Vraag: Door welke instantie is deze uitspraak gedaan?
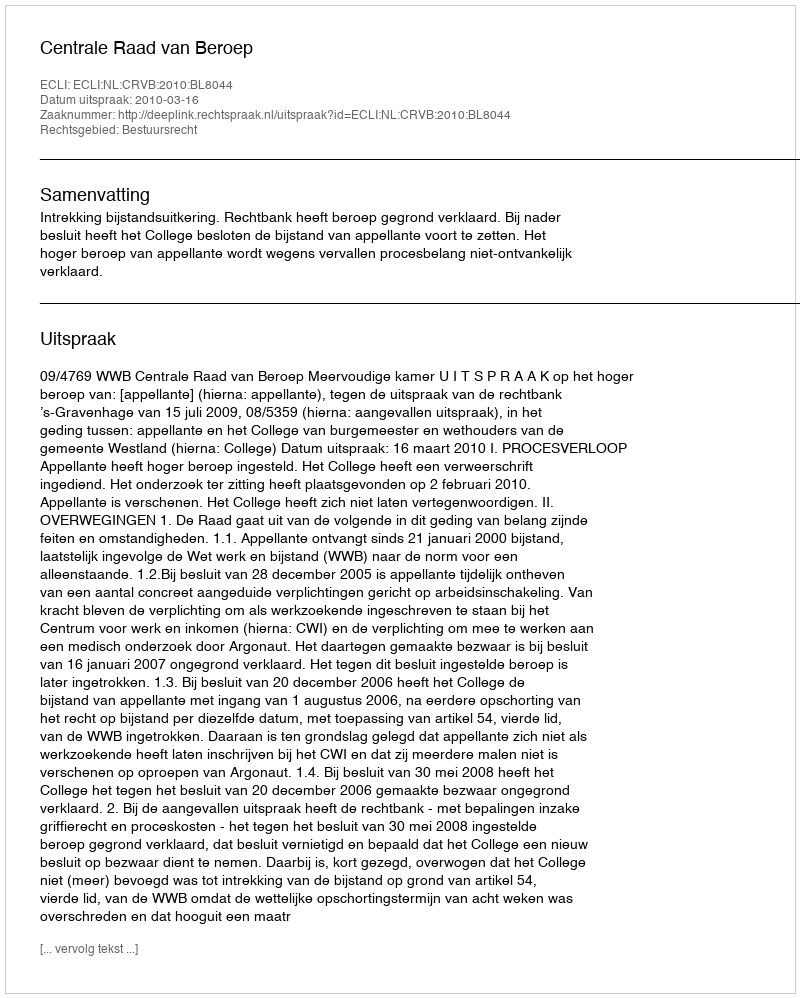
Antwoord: Centrale Raad van Beroep